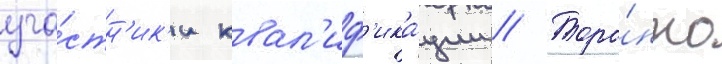
уча́стн'ик'и квал'иф'ика́ции // Торо́нто